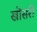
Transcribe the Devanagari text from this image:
खोंसरी